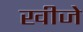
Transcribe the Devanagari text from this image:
खीजे